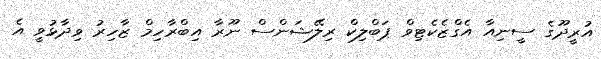
އުރީދޫގެ ސީނިއާ އެގްޒެކެޓިވް ޕަބްލިކް ރިލޭޝަންސް ނޫރާ އިބްރާހިމް ޒާހިރު ވިދާޅުވީ އެ